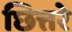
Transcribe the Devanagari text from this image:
छित्तरे